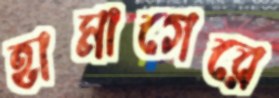
হামাগেরে